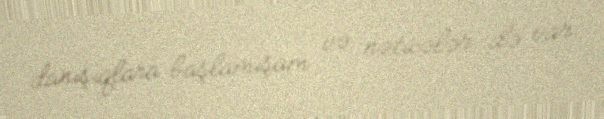
danışıqlara başlamışam və nəticələr də var.